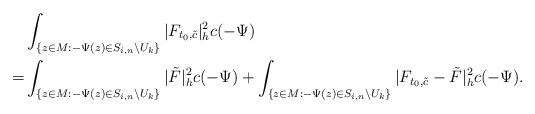
LaTeX: \begin{align*}&\int_{\{z\in M:-\Psi(z)\in S_{i,n}\backslash U_k\}}|F_{t_0,\tilde{c}}|^2_hc(-\Psi)\\=&\int_{\{z\in M:-\Psi(z)\in S_{i,n}\backslash U_k\}}|\tilde F|^2_hc(-\Psi)+\int_{\{z\in M:-\Psi(z)\in S_{i,n}\backslash U_k\}}|F_{t_0,\tilde{c}}-\tilde F|^2_hc(-\Psi).\end{align*}